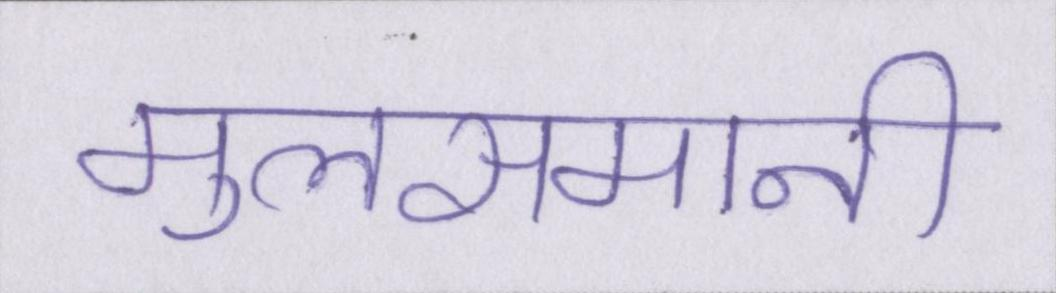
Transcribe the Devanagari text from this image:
मुलसमानी